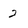
Character: 2